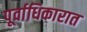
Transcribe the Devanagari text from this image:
पूर्वाधिकारात